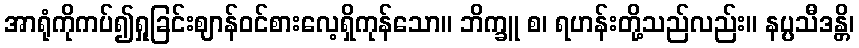
အာရုံကိုကပ်၍ရှုခြင်းဈာန်ဝင်စားလေ့ရှိကုန်သော။ ဘိက္ခူ စ၊ ရဟန်းတို့သည်လည်း။ နပ္ပသီဒန္တိ၊